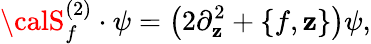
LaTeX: {\calS}_{f}^{(2)}\cdot\psi=\left(2\partial_{\mathbf{z}}^{2}+\{ f,\mathbf{z}\} \right)\psi,